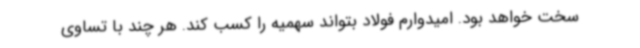
سخت خواهد بود. امیدوارم فولاد بتواند سهمیه را کسب کند. هر چند با تساوی